Elephants and their diseases
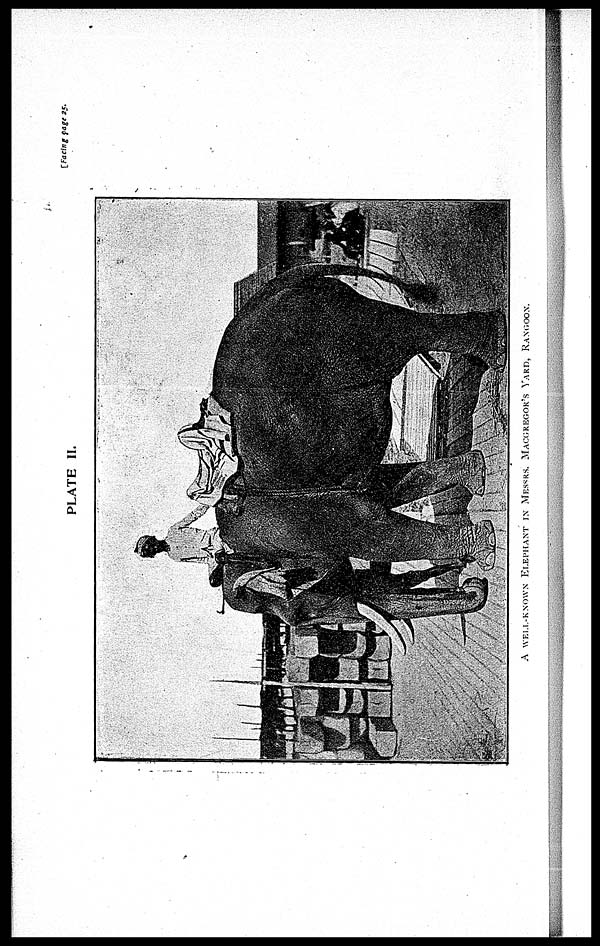
[Facing page 25.
PLATE II.
A WELL-KNOWN ELEPHANT IN MESSRS. MACGREGOR'S YARD, RANGOON.